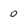
Character: 0